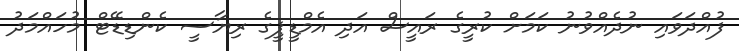
ފުއްދަވައި ނުދެއްވުނު ކަމަށް ކުރީގެ ރައީސް އަދި އެމްޑީޕީގެ ރިޔާސީ ކެންޑިޑޭޓް މުހައްމަދު